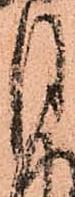
月